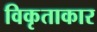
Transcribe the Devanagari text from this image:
विकृताकार